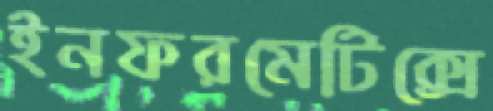
ইনফরমেটিক্সে